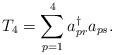
LaTeX: \begin{align*}T_4=\sum_{p=1}^{4} a_{pr}^\dagger a_{ps}.\end{align*}